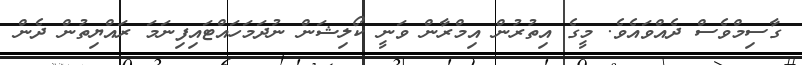
ގާސިމްވެސް ދެއްވައެވެ. މީގެ އިތުރުން އިމްރާން ވަނީ ކޯލިޝަން ނުދަމަހައްޓައިފިނަމަ ރައްޔިތުން ދެން